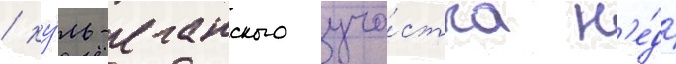
/ ку́ль-еганского уча́стка н'е́др